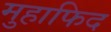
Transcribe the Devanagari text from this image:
मुहाफिद